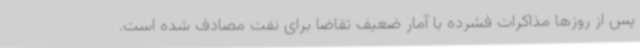
پس از روزها مذاکرات فشرده با آمار ضعیف تقاضا برای نفت مصادف شده است.